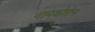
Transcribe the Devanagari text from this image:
नामकोरोन